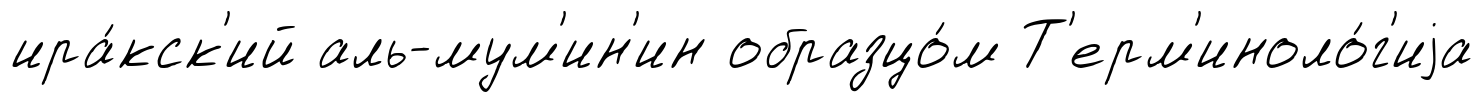
ира́кск'ий аль-мум'ин'ин образцо́м Т'ерм'иноло́г'иjа